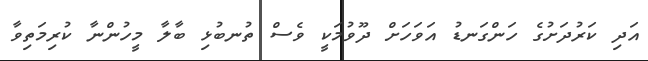
އަދި ކަރުދަށުގެ ހަންގަނޑު އަވަހަށް ދޫވުމަކީ ވެސް ތުނބުޅި ބާލާ މީހުންނާ ކުރިމަތިވާ